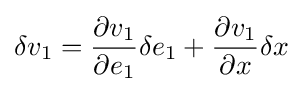
\delta v_{1}={\frac {\partial v_{1}}{\partial e_{1}}}\delta e_{1}+{\frac {\partial v_{1}}{\partial x}}\delta x